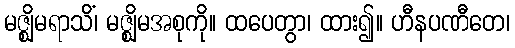
မဇ္ဈိမရာသိံ၊ မဇ္ဈိမအစုကို။ ထပေတွာ၊ ထား၍။ ဟီနပဏီတေ၊